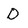
Character: D